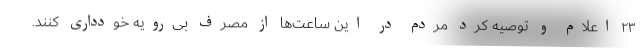
۲۳ اعلام و توصیه کرد مردم در این ساعت‌ها از مصرف بی‌رویه خودداری کنند.